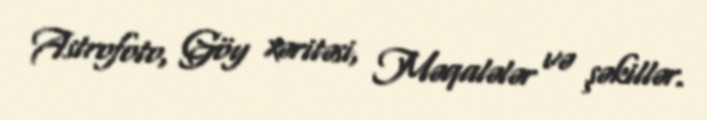
Astrofoto, Göy xəritəsi, Məqalələr və şəkillər.